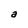
Character: a